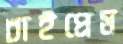
চাইপ্রেম